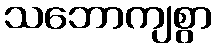
သဘောကျစွာ